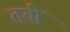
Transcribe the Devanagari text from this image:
तयीं